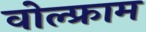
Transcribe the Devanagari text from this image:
वोल्फ्राम